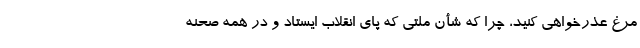
مرغ عذرخواهی کنید، چرا که شأن ملتی که پای انقلاب ایستاد و در همه صحنه